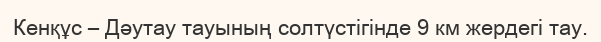
Кенқұс – Дәутау тауының солтүстігінде 9 км жердегі тау.